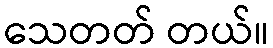
သေတတ် တယ်။